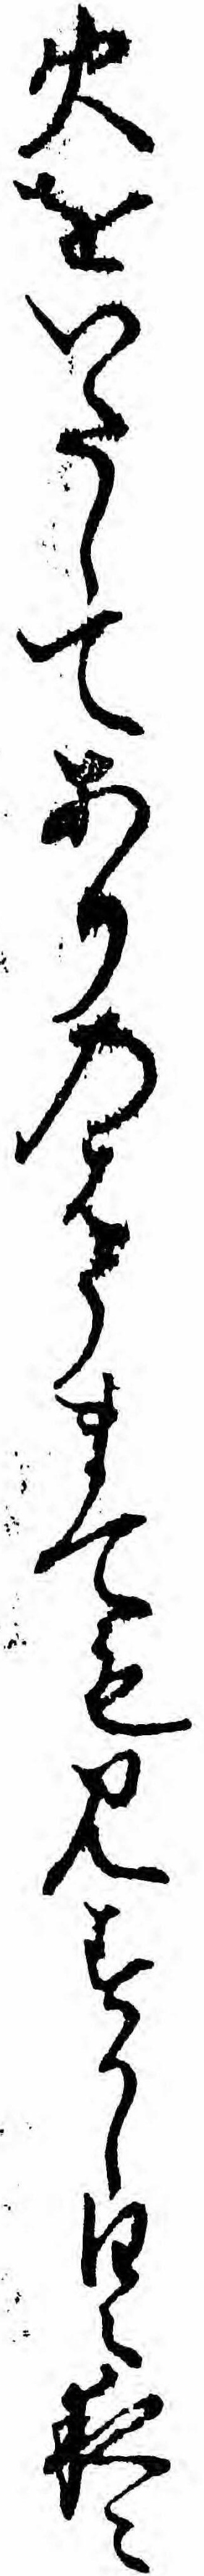
火をいたしてありのはうまても見すかし日々夜々